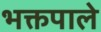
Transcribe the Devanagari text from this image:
भक्तपाले